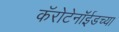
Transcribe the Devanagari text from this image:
कॅरोटेनॉईडच्या